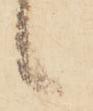
候